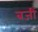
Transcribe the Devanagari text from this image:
बजीं